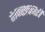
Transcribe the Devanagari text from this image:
ऐन्टिक्विटी